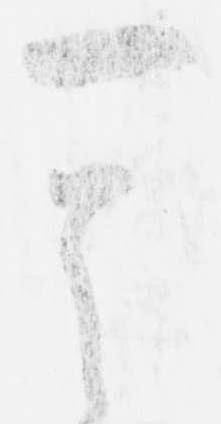
其